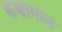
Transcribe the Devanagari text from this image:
कच्चामाल